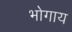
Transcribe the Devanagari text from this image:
भोगाय